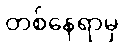
တစ်နေရာမှ